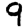
Digit: 9